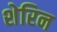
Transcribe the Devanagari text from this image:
शेरिन